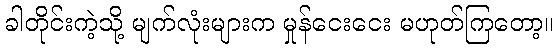
ခါတိုင်းကဲ့သို့ မျက်လုံးများက မှုန်ငေးငေး မဟုတ်ကြတော့။